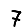
Digit: 7